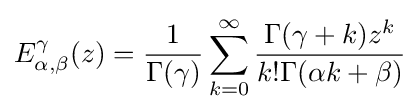
E_{\alpha ,\beta }^{\gamma }(z)={\frac {1}{\Gamma (\gamma )}}\sum _{k=0}^{\infty }{\frac {\Gamma (\gamma +k)z^{k}}{k!\Gamma (\alpha k+\beta )}}